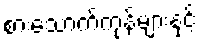
စားသောက်ကုန်များနှင့်